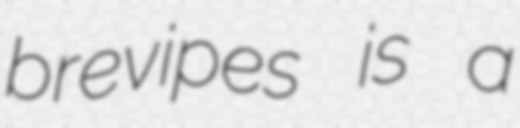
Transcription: brevipes is a